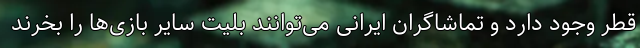
قطر وجود دارد و تماشاگران ایرانی می‌توانند بلیت سایر بازی‌ها را بخرند